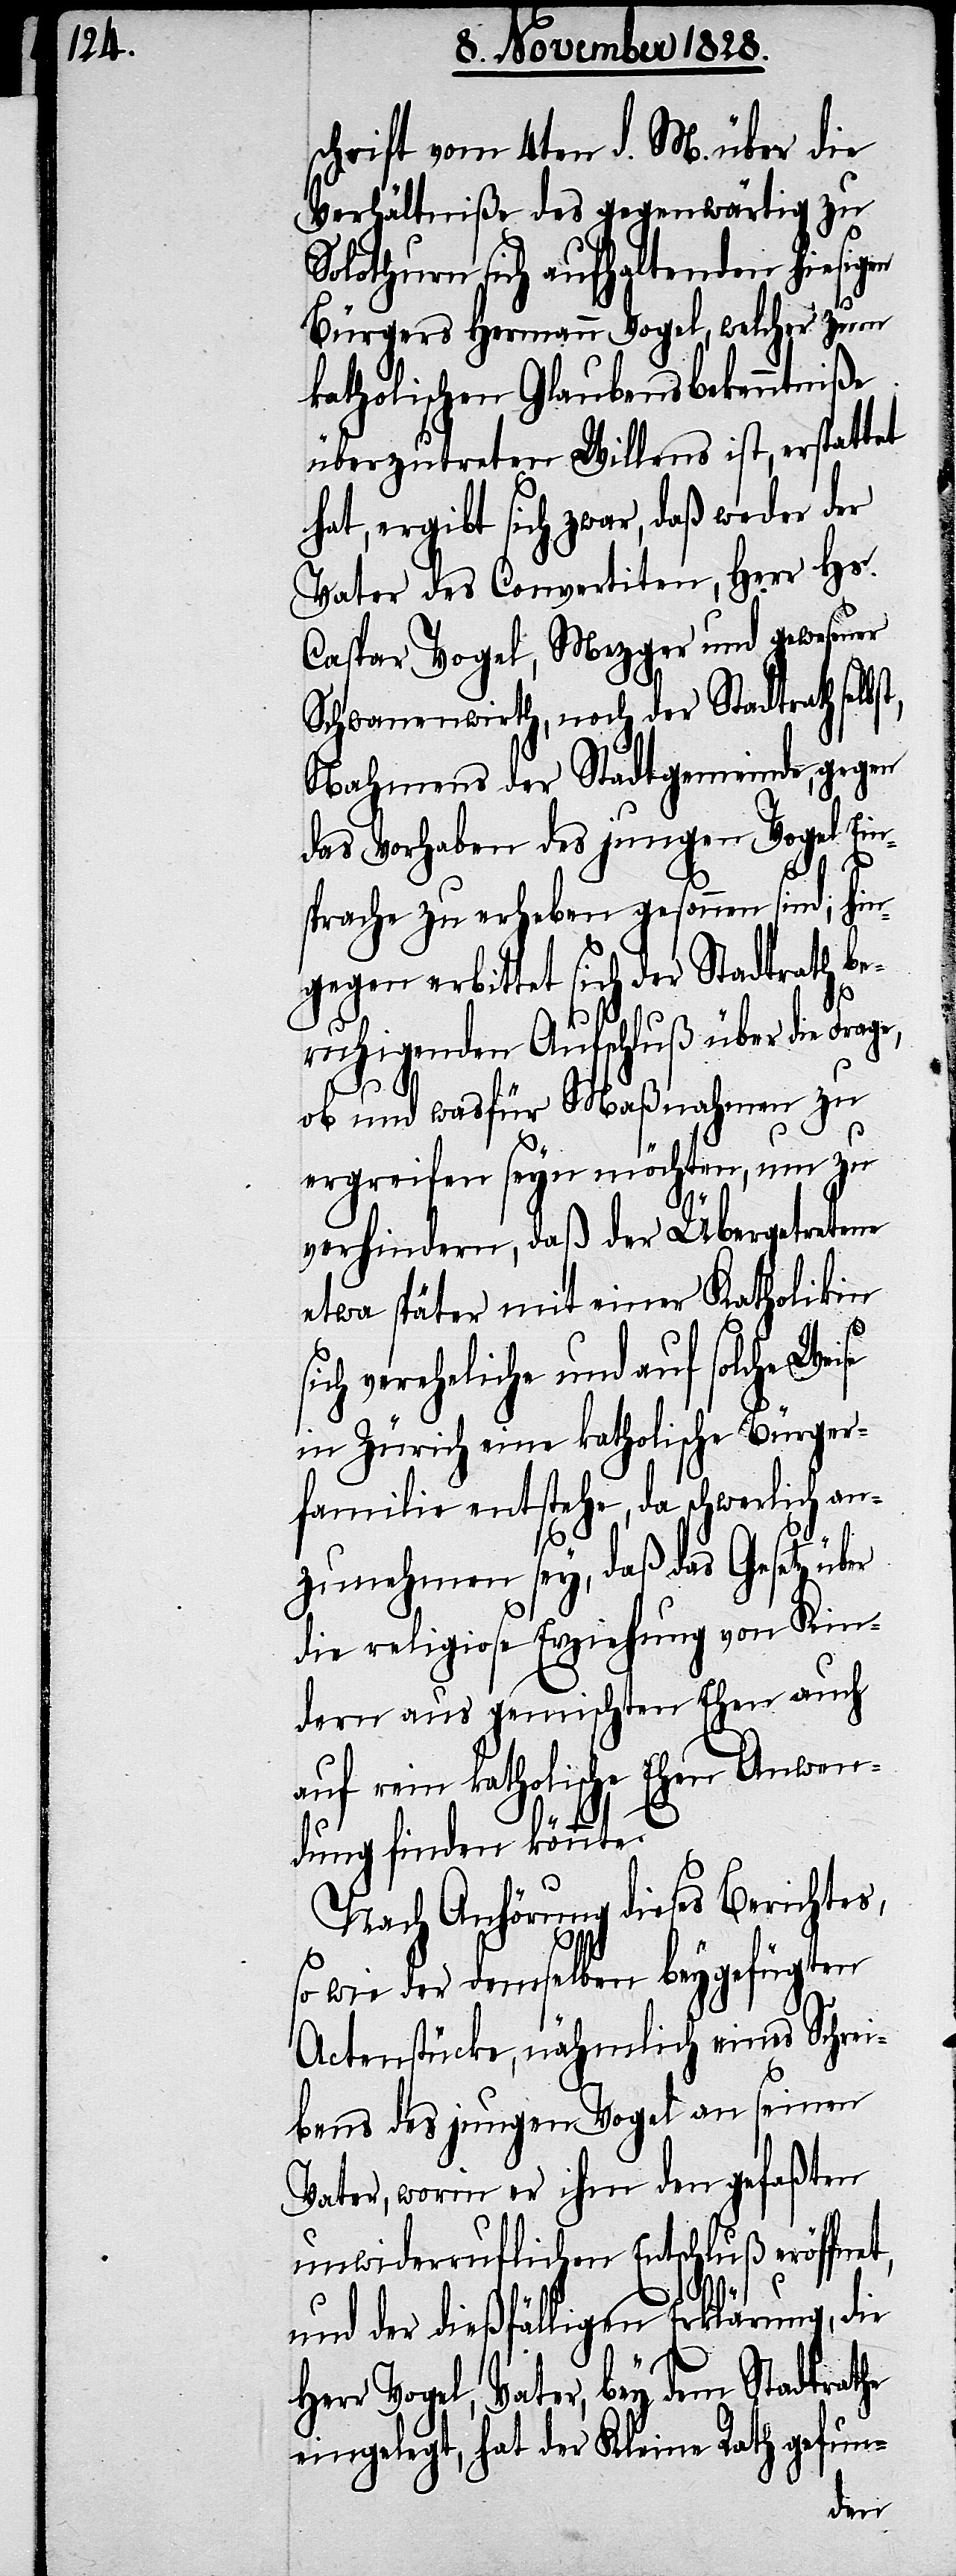
schrift vom 4ten d. M. über die
Verhältniße des gegenwärtig zu
Solothurn sich aufhaltenden hiesigen
Bürgers Hermann Vogel, welcher zum
katholischen Glaubensbekenntniße
überzutreten Willens ist, erstattet
hat, ergibt sich zwar, daß weder der
Vater des Convertiten, Herr Hs.
Caspar Vogel, Mezger und gewesener
Schwanenwirth, noch der Stadtrath selbs¬
Nahmens der Stadtgemeinde, gegen
das Vorhaben des jungen Vogel Ein¬
sprache zu erheben gesonnen sind; hin¬
gegen erbittet sich der Stadtrath be¬
t,
ruhigenden Aufschluß über die Frag¬
ob und wasfür Maßnahmen zu
ergreifen seyn möchten, um zu
verhindern, daß der Übergetretene
etwa später mit einer Katholikin
sich vereheliche und auf solche Wei¬
in Zürich eine katholische Bürger¬
familie entstehe, da schwerlich an¬
zunehmen sey, daß das Gesetz über
die religiose Erziehung von Kin¬
dern aus gemischten Ehen auch
auf rein katholische Ehen Anwen¬
dung finden könnte.
Nach Anhörung dieses Berichtes,
so wie der demselben beygefügten
Actenstücke nähmlich eines Schrei¬
bens des jungen Vogel an seinen
Vater, worin er ihm den gefaßten
unwiderruflichen Entschluß eröffnet,
und der dießfälligen Erklärung, die
se
Herr Vogel, Vater, bey dem Stadtrathe
eingelegt, hat der Kleine Rath gefun-